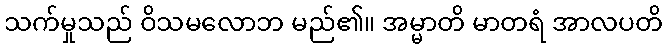
သက်မှုသည် ဝိသမလောဘ မည်၏။ အမ္မာတိ မာတရံ အာလပတိ